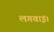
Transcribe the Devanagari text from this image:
लगवाई।